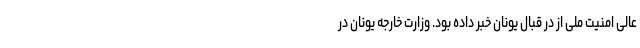
عالی امنیت ملی از در قبال یونان خبر داده بود. وزارت خارجه یونان در